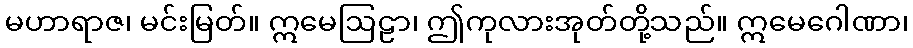
မဟာရာဇ၊ မင်းမြတ်။ ဣမေဩဠာ၊ ဤကုလားအုတ်တို့သည်။ ဣမေဂေါဏာ၊